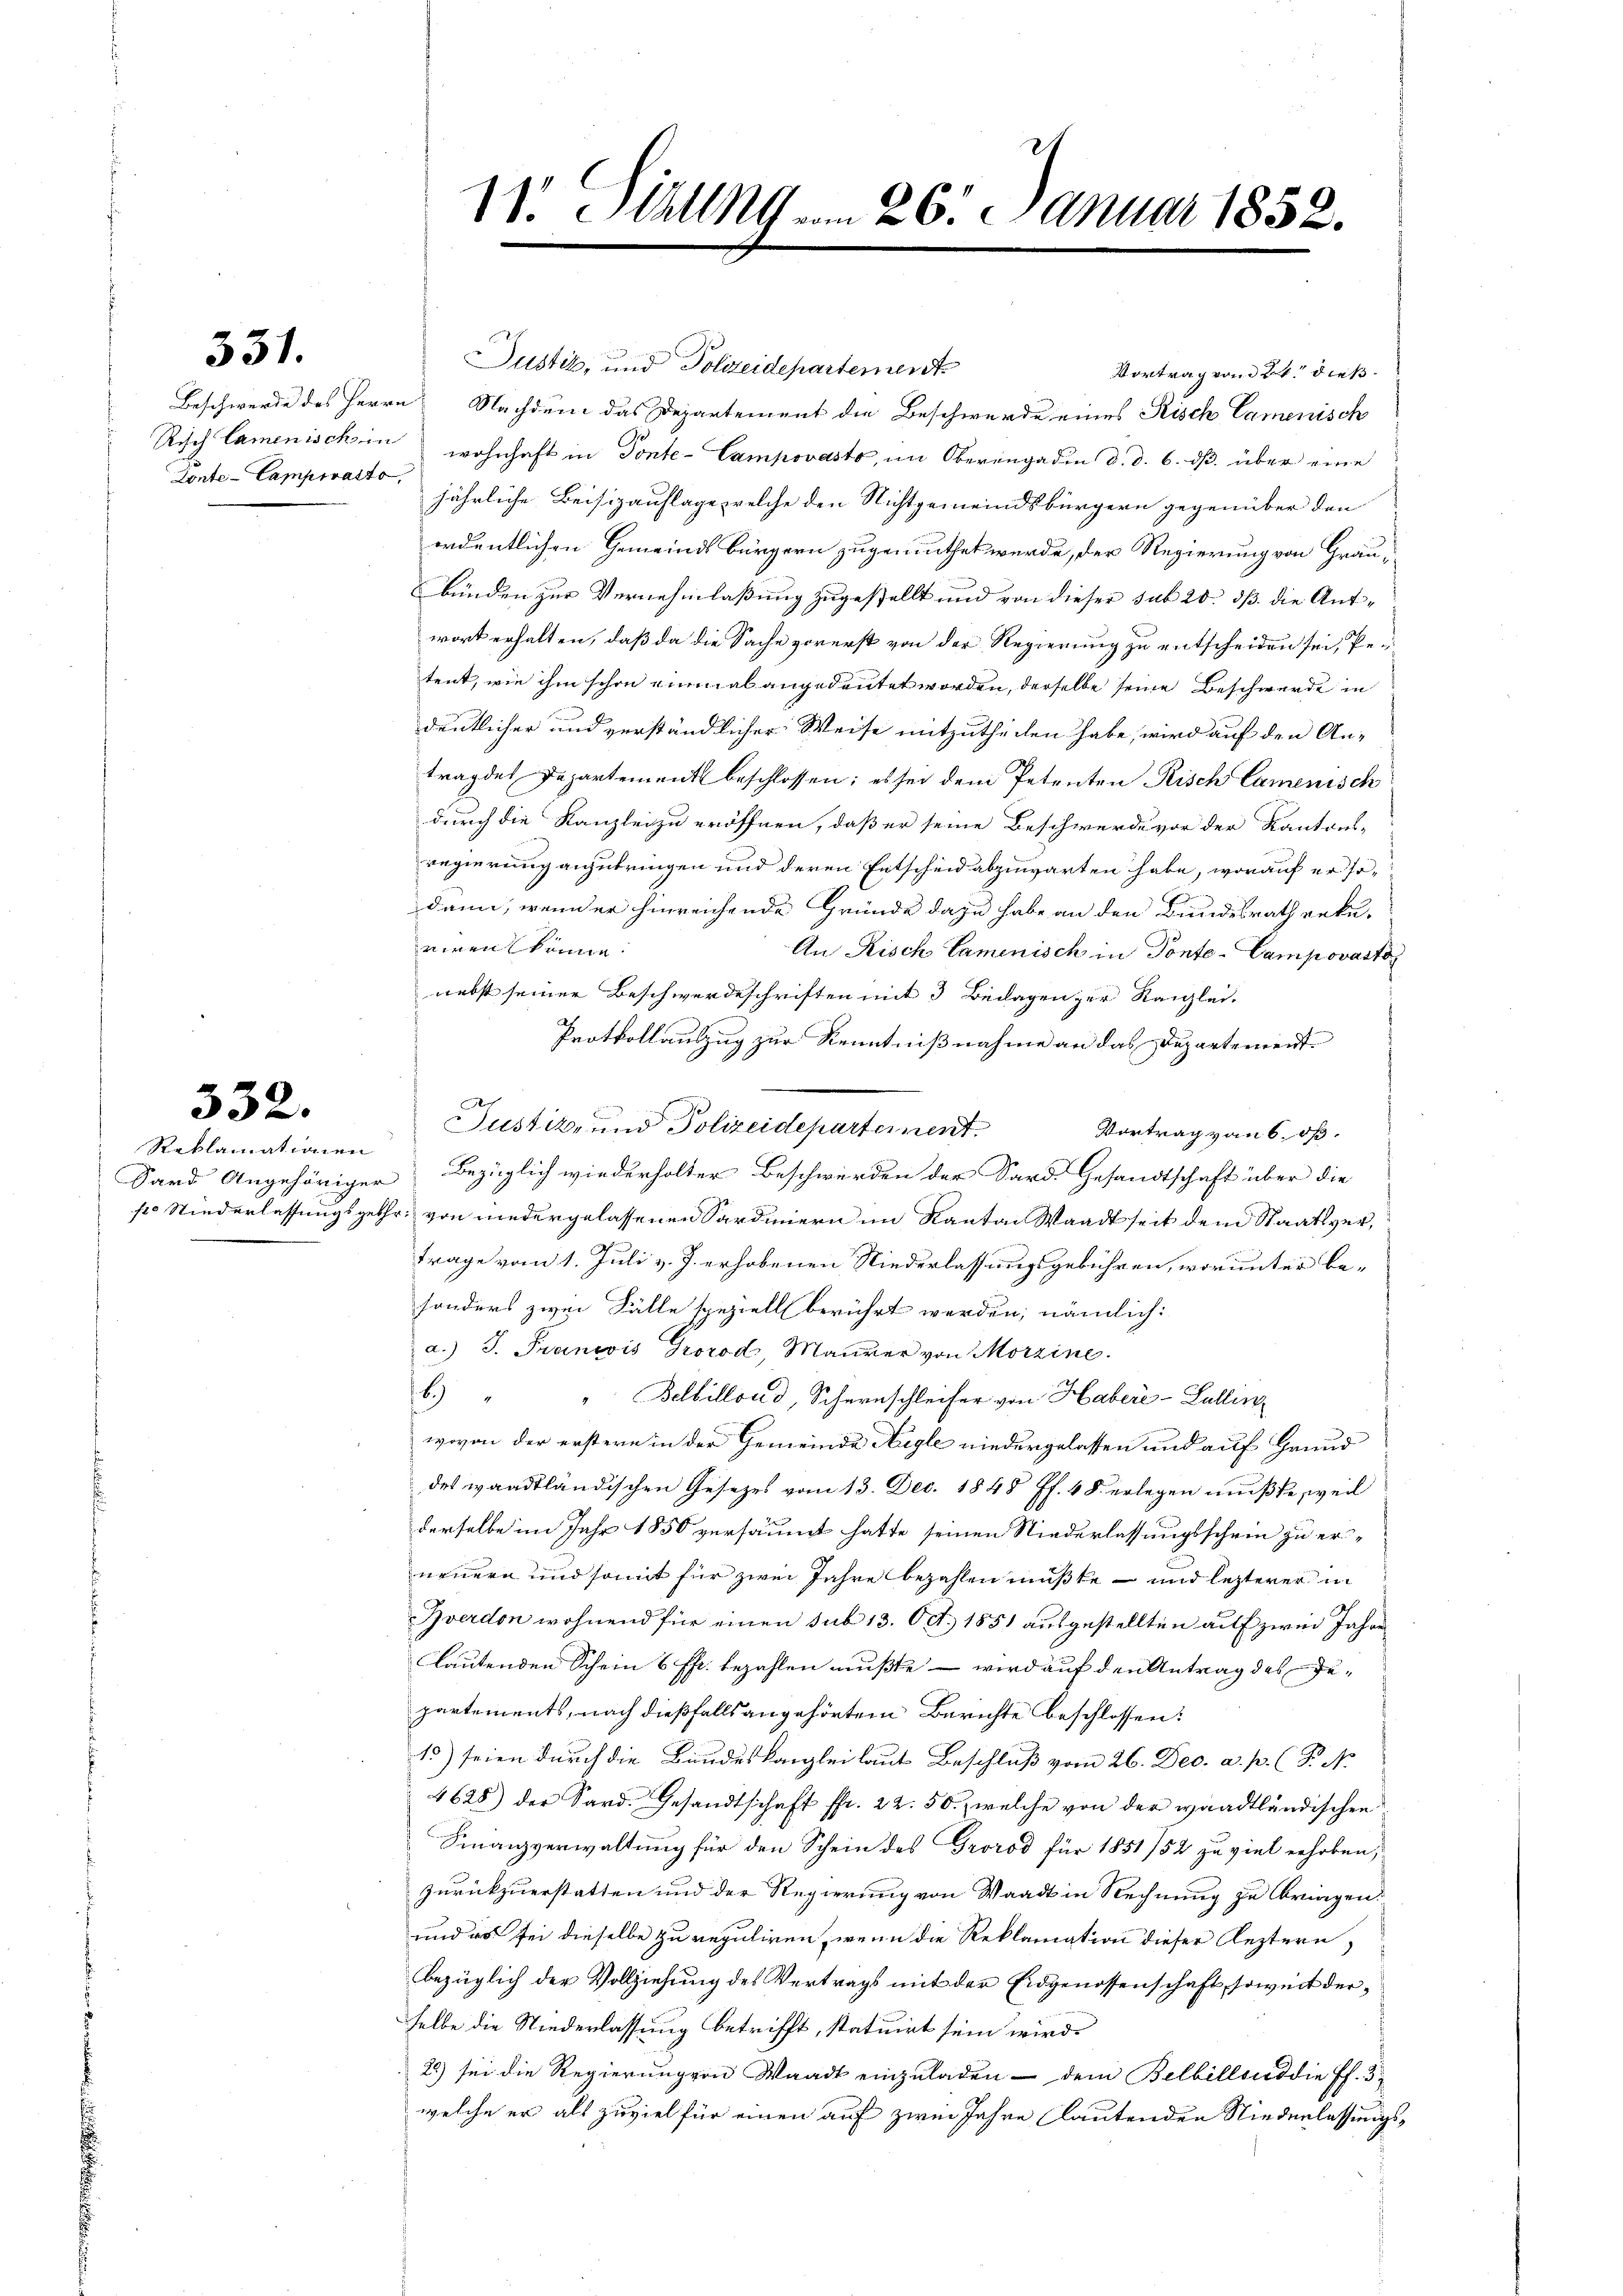
331.

Ponte-Campivatte,

332.

Reklamationen

11. Mall vom 26. Januar 1852.

Justiz, und Polizeidepartement
Vortrag vom 2t. dieß.
Beschwerde des Herrn Nachdem das Departement die Beschwerde eines Risch Camenisch
Risch Camenisch in wohnhaft in Ponte-Campovasto, im Oberengadin d. d. 6. ds. über eine
jährliche Beisizauflage, welche den Nichtgemeindsbürgern gegenüber den
ordentlichen Gemeindsbürgern zugemuthet werde, der Regierung von Graubünden zur Vernehmlassung zugestellt und von dieser sub 20. dß die Antwort erhalten, daß da die Sache vorerst von der Regierung zu entscheiden sei, Petent, wie ihm schon einmal angedeutet worden, derselbe seine Beschwerde in
dentlicher und verständlicher Weise mitzutheilen habe, wird auf den An-
trag des Departement beschlossen; es sei dem Petenten Risch Camenisch
durch die Kanzlei zu eröffnen, daß er seine Beschwerde vor der Kantons-
regierung anzubringen und deren Entscheid abzuwarten habe, worauf er so-
dann, wenn er hinreichende Gründe dazu habe an den Bundesrath reku-
einen könne.
An Risch Camenisch in Ponte-Campovarto
nebst seiner Beschwerdeschriften mit 3 Bedagen zur Kanzlei-
Protkollauszug zur Kenntnißnahme an das Departement¬
Justiz- und Polizeideparternent.
Vortrag von 6. öf¬
Sard Angehöriger Bezüglich wiederholter Beschwerden der Sard. Gesandtschaft über die
s Niederlassungsgethr. von niedergelassenen Sardinern im Kanton Waadt seit dem Staatsvertrage vom 1. Juli v. J. erhobenen Niederlassungsgebühren, worunter besonders zwei Fälle speziell berührt werden, nämlich:
a.) J. Francois Grorod, Maurer von Morzine.
6
Belbillond, Schernschleifer von Haber-Zollin
wovon der erstern in der Gemeinde Aigle niedergelassen und auf Grund
des waadtländischen Gesezes vom 13. Dec. 1848 ff. 48 erlegen mußte, weil
derselbe im Jahr 1850 versäumt hatte seinen Niederlassungsschein zu erneuern und somit für zwei Jahre bezahlen müßte – und lezterer in
Zverdon wohnend für einen sub 13. Oct. 1851 ausgestellten auf zwei Jahre
lautenden Schein 6 ff. bezahlen mußte – wird auf den Antrag des Gepartements, nach dießfalls angehörtem Berichte beschlossen:
15) seien durch die Bundeskanzlei laut Beschluß vom 26. Dec. a. p. (T. N
4628) der Sard. Gesandtschaft fr. 22. 50.- welche von der waadtländischen
Finanzverwaltung für den Schein des Grorod für 1851/52 zu viel erhoben,
zurückzuerstatten und der Regierung von Waadt in Rechnung zu bringen:
und es sei dieselbe zu reguliren, wenn die Reklamation dieser leztern,
bezüglich der Vollziehung des Vertrags mit der Eidgenossenschaft, soweit derselbe die Niederlassung betrifft, statuirt sein wird
28) sei die Regierung von Waadt einzuladen – dem Belbillend die Pf. 3
welche er als zuviel für einen auf zwei Jahre lautenden Niederlassungs¬